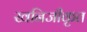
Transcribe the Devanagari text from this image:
खनिजीकृत